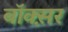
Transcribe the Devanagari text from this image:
बॉक्स़र